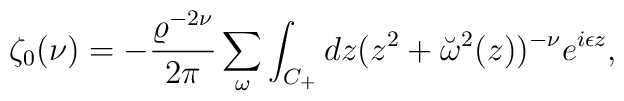
\zeta_0(\nu)=-{\varrho^{-2\nu} \over 2\pi }\sum_\omega\int_{C_+}dz(z^2+\breve{\omega}^2(z))^{-\nu}e^{i\epsilon z},